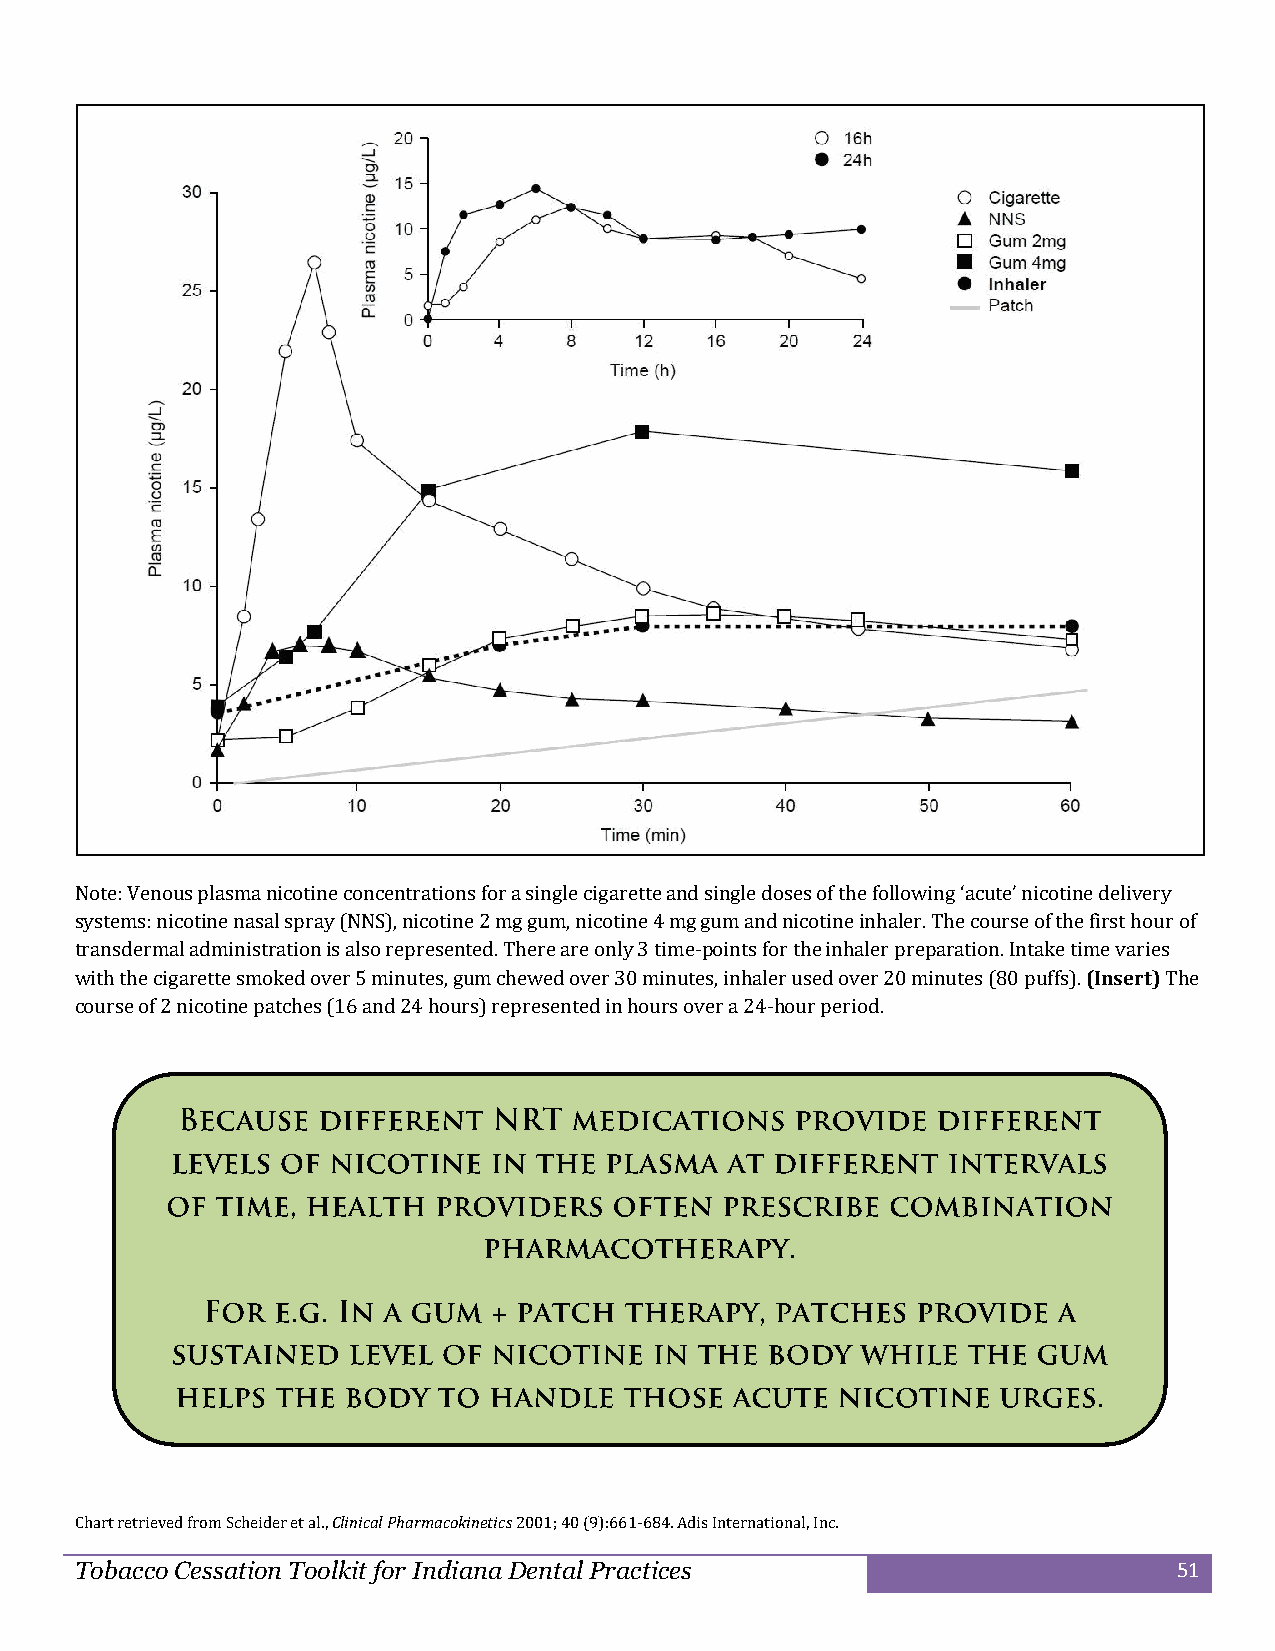
Note: Venous plasma nicotine concentrations for a single cigarette and single doses of the following ‘acute’ nicotine delivery
 systems: nicotine nasal spray (NNS), nicotine 2 mg gum, nicotine 4 mg gum and nicotine inhaler. The course of the first hour of
 transdermal administration is also represented. There are only 3 time-points for the inhaler preparation. Intake time varies
 with the cigarette smoked over 5 minutes, gum chewed over 30 minutes, inhaler used over 20 minutes (80 puffs). (Insert) The
 course of 2 nicotine patches (16 and 24 hours) represented in hours over a 24-hour period.
 Chart retrieved from Scheider et al., Clinical Pharmacokinetics 2001; 40 (9):661-684. Adis International, Inc.
 Tobacco Cessation Toolkit for Indiana Dental Practices                   51